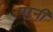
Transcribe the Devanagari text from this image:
पूरनी